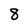
Character: 8